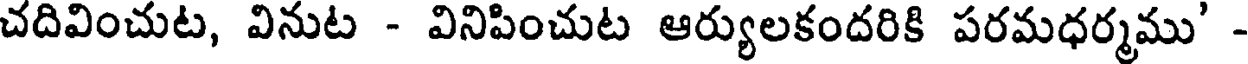
చదివించుట, వినుట - వినిపించుట ఆర్యులకందరికి పరమధర్మము' -